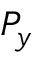
P _ { y }